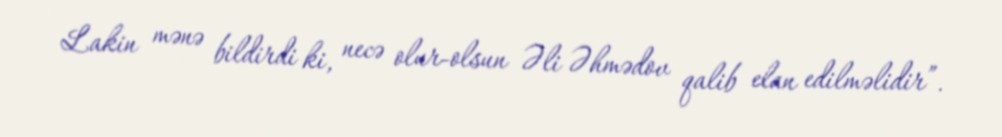
Lakin mənə bildirdi ki, necə olur-olsun Əli Əhmədov qalib elan edilməlidir”.